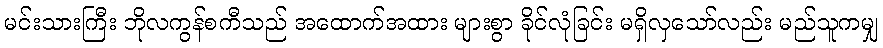
မင်းသားကြီး ဘိုလကွန်စကီသည် အထောက်အထား များစွာ ခိုင်လုံခြင်း မရှိလှသော်လည်း မည်သူကမျှ